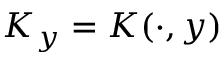
K _ { y } = K ( \cdot , y )